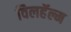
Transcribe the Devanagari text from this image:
विलहॅल्म